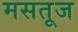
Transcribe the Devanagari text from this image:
मसतूज